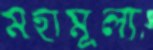
মহামূল্য